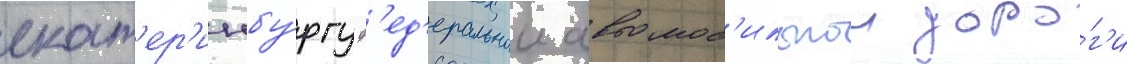
екат'ер'инбу́ргу ф'ед'еральнои автомоб'ильнои доро́г'и